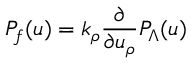
P _ { f } ( u ) = k _ { \rho } { \frac { \partial } { \partial u _ { \rho } } } P _ { \Lambda } ( u )